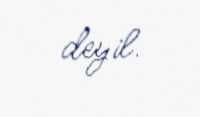
deyil.